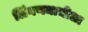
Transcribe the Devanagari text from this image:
लिंगणमाचीला